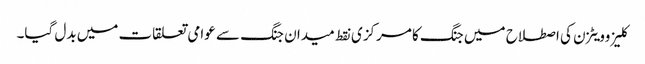
کلیزوویٹزن کی اصطلاح میں جنگ کا مرکزی نقط میدان جنگ سے عوامی تعلقات میں بدل گیا۔